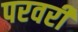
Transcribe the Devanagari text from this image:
परवरी